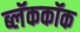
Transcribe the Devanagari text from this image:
ब्लॅककॉक